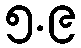
၅.၉